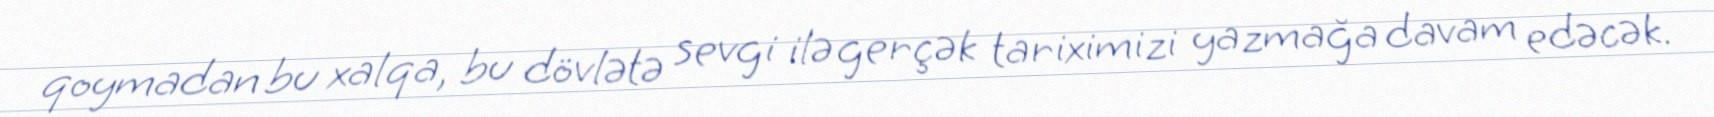
qoymadan bu xalqa, bu dövlətə sevgi ilə gerçək tariximizi yazmağa davam edəcək.